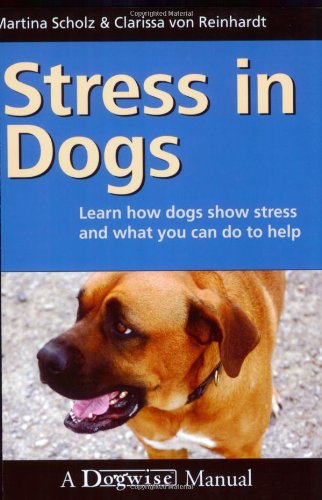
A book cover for Stress in Dogs; Martina Scholz; Medical Books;